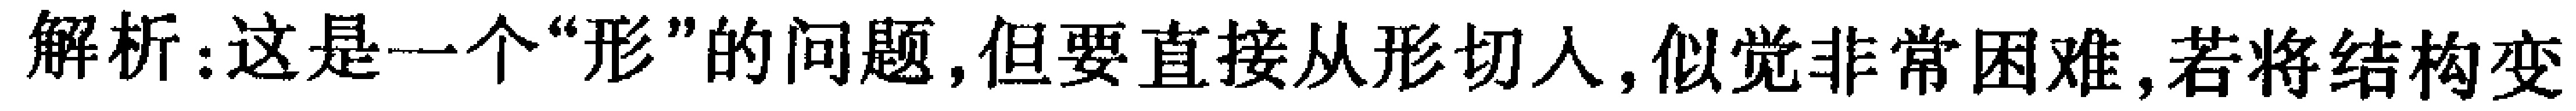
解析：这是一个“形”的问题,但要直接从形切入,似觉非常困难,若将结构变